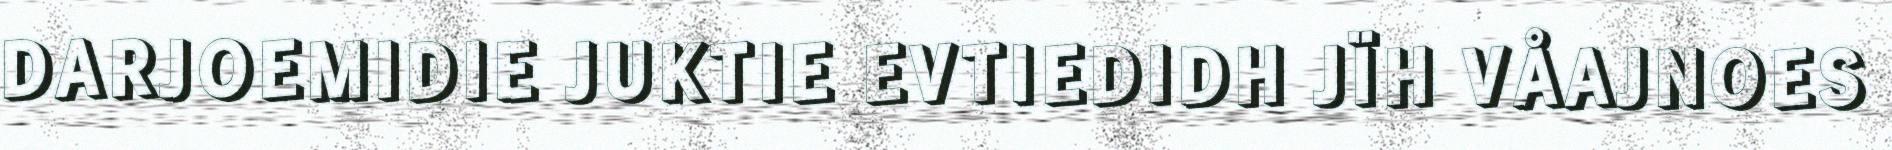
DARJOEMIDIE JUKTIE EVTIEDIDH JÏH VÅAJNOES